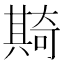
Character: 𠔵